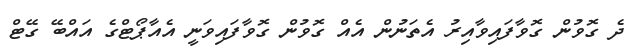
ދެ ގޮވުން ގޮވާފައިވާއިރު އެތަނުން އެއް ގޮވުން ގޮވާފައިވަނީ އެއާޕޯޓްގެ އައްބޭ ގޭޓް